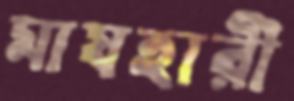
মাযহারী